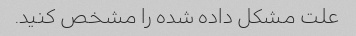
علت مشکل داده شده را مشخص کنید.